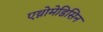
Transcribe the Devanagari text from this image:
एथ्नोमेडिसिन